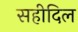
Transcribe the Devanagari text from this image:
सहीदिल